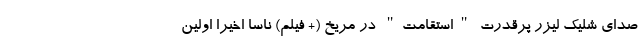
صدای شلیک لیزر پرقدرت "استقامت" در مریخ (+ فیلم) ناسا اخیرا اولین